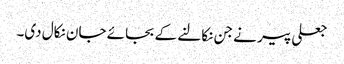
جعلی پیر نے جن نکالنے کے بجائے جان نکال دی۔